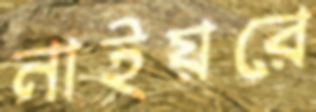
নাইয়রে